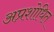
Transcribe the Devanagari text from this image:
अप्रशोधित